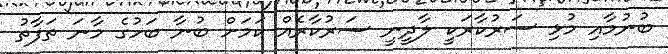
ބުނުމާއި މުޅި ސަރުކާރަކީ ލާދީނީ ސަރުކާރެއް ކަމަށް ބުނާ ބަހުގެ މާނަ ތަފާތު